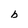
Character: b